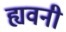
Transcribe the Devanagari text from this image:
ह्यवनी